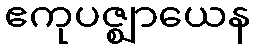
ဧကုပဇ္ဈာယေန